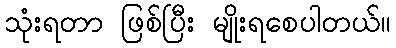
သုံးရတာ ဖြစ်ပြီး မျိုးရစေပါတယ်။